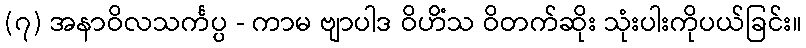
(၇) အနာဝိလသင်္ကပ္ပ - ကာမ ဗျာပါဒ ဝိဟိံသ ဝိတက်ဆိုး သုံးပါးကိုပယ်ခြင်း။